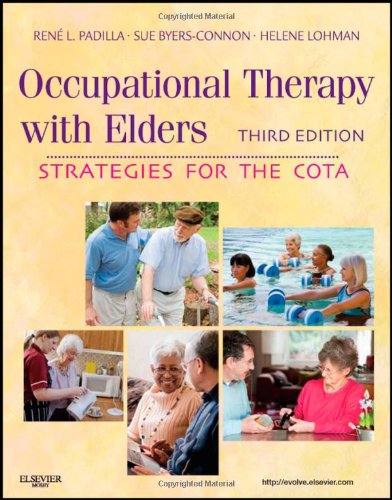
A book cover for Occupational Therapy with Elders: Strategies for the COTA, 3e (Dairy Microbiology); Rene Padilla MS  OTR/L; Medical Books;